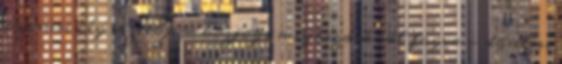
ciprusi cég vezetője - közjogi megbízásánál fogva - döntési